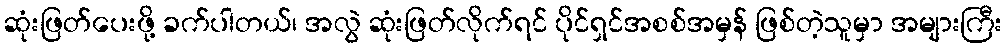
ဆုံးဖြတ်ပေးဖို့ ခက်ပါတယ်၊ အလွဲ ဆုံးဖြတ်လိုက်ရင် ပိုင်ရှင်အစစ်အမှန် ဖြစ်တဲ့သူမှာ အများကြီး